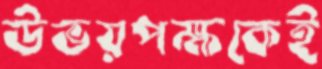
উভয়পক্ষকেই